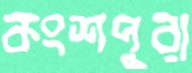
কংশপুরা